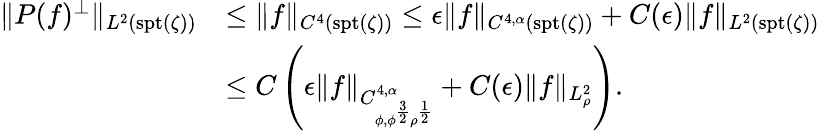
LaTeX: \begin{array}{rl}{\| P(f)^{\perp}\| _{L^{2}(\mathrm{spt}(\zeta))}}&{\leq\| f\| _{C^{4}(\mathrm{spt}(\zeta))}\leq\epsilon\| f\| _{C^{4,\alpha}(\mathrm{spt}(\zeta))}+C(\epsilon)\| f\| _{L^{2}(\mathrm{spt}(\zeta))}}\\ &{\leq C\left(\epsilon\| f\| _{C_{\phi,\phi^{\frac{3}{2}}\rho^{\frac{1}{2}}}^{4,\alpha}}+C(\epsilon)\| f\| _{L_{\rho}^{2}}\right).}\end{array}